Bombay plague: being a history of the progress of plague in the Bombay presidency from September 1896 to June 1899
Year: 1896
Disease focus: Plague
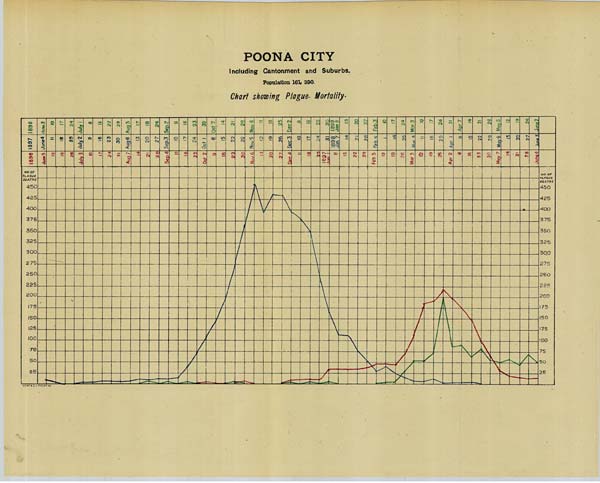
POONA CITY
Including Cantonment and Suburbs.
Population 161, 390.
Chart showing Plague Mortality.